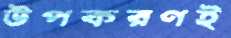
উপকরণই